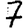
Digit: 7